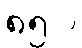
၈၅%